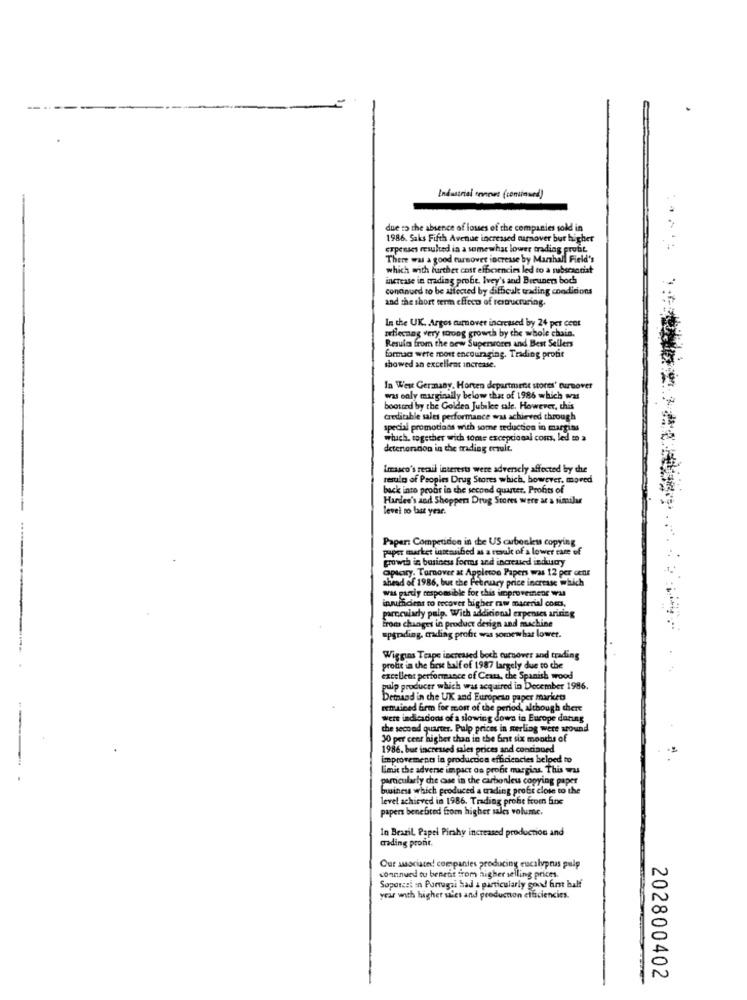
--..
Industrial tennes (continued)
due to the absence of loues of the companies sold in
1986. Saks Fifth Avenue increased tuamover but higher
expenses resulted in a somewhat lower trading profit
There was a good turnover increase by Marshall Field's
which with further cost efficiencies led to a rubscacciat
increase in madiag probe Ivey's and Breuners boch
continued to be affected by difbeale trading conditions
and the short term effects of restructuring.
In the UK. Argos aumnover increased by 24 per cent
reflecnag very strong growth by the whole chain.
Resula from the new Superworm and Best Sellers
formac were mort encouraging. Trading protie
showed an excellent increase.
In West Germany, Horten department stores' turnover
was only marginally below that of 1986 which was
d by the Golden Jubilee sale. However, this
creditable sales performance was achieved through
special promotions with some reduction in margins
whuch, together with some excepcional com, led m a
detenercon in the trading ersuit.
Imasco's retail interests were adversely affected by the
results of Peoples Drug Stores which, however, moved
back into probt in the second quarter. Profits of
Hardee's and Shoppers Drug Stores were ar a similar
level to last year.
paper market intensibed as a result of a lower tare of
Paper: Competition in the US cubonless copying
growth in business formas and increased industry
apicry. Tamover at Appleton Papers was 12 per cent
ahead of 1986, but the February price increase which
was partly responsible for this improvesnene was
Insufficient to recover higher rawr macerial costs,
parccularly pulp. With additional expenses ariring
From changes in product design and machine
upgrading, trading profit was somewhat lower.
Wiggins Teape increased both cursover and trading
profit in the first half of 1987 largely due to che
excellent performance of Ceans, the Spanish wood
pulp producer which was acquired in December 1986.
Demand in che UK and European paper markets
remained firm for most of the period,
e period, although there
were indications of a slowing down in Europe during
the second quarter. Pulp prices in sterling were wound
30 per cent higher than in the bnt six months of
1986, but increased sales prices and continued
improvement in productsca efficiencies helped to
limit the adverse impact on profit margins. This was
particularly che cse in the carbonleu copying paper
business which produced a trading profit close to the
level achieved in 1986. Trading profe from fine
papers benefited from higher sales volume.
In Beszil. Papel Pirahy increased production and
mading pronr.
Our associate! companies producing eucalyptus pulp
connnued to benent from higher selling prices.
Soporzel an Portugai had & particularly good first half
year with higher s'es and producnon efficiencies.
202800402